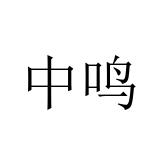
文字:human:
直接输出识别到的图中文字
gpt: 中鸣